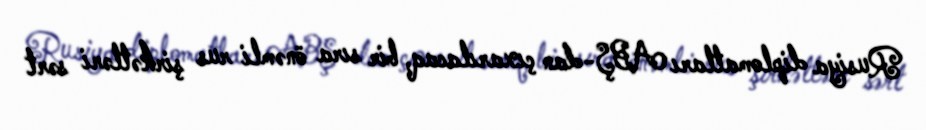
Rusiya diplomatları ABŞ-dan çıxarılacaq, bir sıra önəmli rus şirkətləri sərt